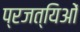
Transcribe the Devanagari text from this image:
प्रजत्यिओं